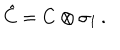
LaTeX: \hat { C } = C \otimes \sigma _ { 1 } \, .